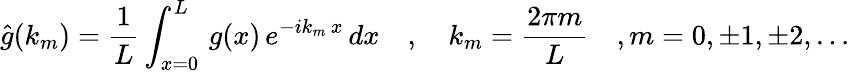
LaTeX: \hat{g}(k_{m})=\frac{1}{L}\int_{x=0}^{L}\, g(x)\, e^{-ik_{m}\, x}\, dx\quad,\quad k_{m}=\frac{2\pi m}{L}\quad,m=0,\pm 1,\pm 2,\ldots